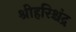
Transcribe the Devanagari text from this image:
श्रीहरिश्चंद्र